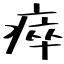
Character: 瘁